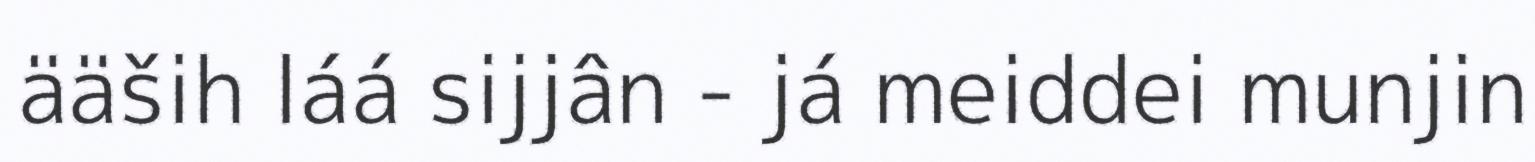
ääših láá sijjân - já meiddei munjin